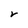
Character: r